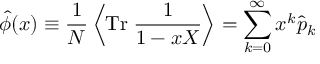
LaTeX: \widehat { \phi } ( x ) \equiv { \frac { 1 } { N } } \left\langle \mathrm { T r } \; { \frac { 1 } { 1 - x X } } \right\rangle = \sum _ { k = 0 } ^ { \infty } x ^ { k } \widehat { p } _ { k }